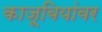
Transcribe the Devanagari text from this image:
काजूबियांवर